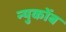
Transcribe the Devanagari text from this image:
न्युकोंब